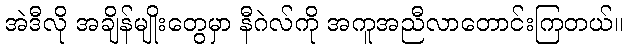
အဲဒီလို အချိန်မျိုးတွေမှာ နီဂဲလ်ကို အကူအညီလာတောင်းကြတယ်။